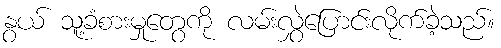
နွယ် သူ့ခံစားမှုတွေကို လမ်းလွှဲပြောင်းလိုက်ခဲ့သည်။